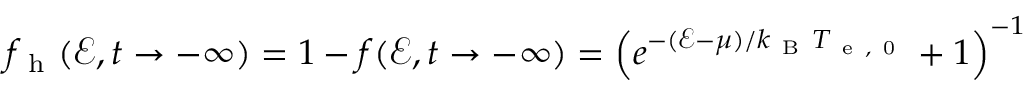
f _ { \mathrm { ~ h ~ } } ( \mathcal { E } , t \rightarrow - \infty ) = 1 - f ( \mathcal { E } , t \rightarrow - \infty ) = \left( e ^ { - ( \mathcal { E } - \mu ) / k _ { \mathrm { ~ B ~ } } T _ { \mathrm { ~ e ~ , ~ 0 ~ } } } + 1 \right) ^ { - 1 }